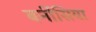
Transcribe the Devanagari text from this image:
बर्नीसिया